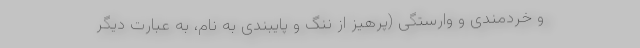
و خردمندی و وارستگی (پرهیز از ننگ و پایبندی به نام، به عبارت دیگر